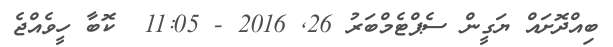
ބިއްދޮށައް ޔަގީން ސެޕްޓެމްބަރު 26